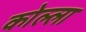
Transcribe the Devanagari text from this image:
कोल्ला